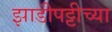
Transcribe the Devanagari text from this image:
झाडीपट्टीच्या